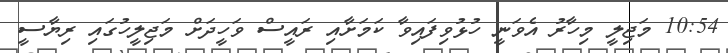
10:54 މަޖިލީ މިހާރު އެވަނީ ހުޅުވިފައިވާ ކަމަށާއި ރައީސް ވަހީދަށް މަޖިލީހުގައި ރިޔާސީ